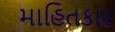
માહિતકાર